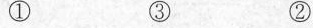
① ③ ②